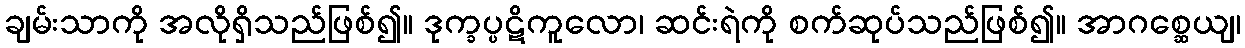
ချမ်းသာကို အလိုရှိသည်ဖြစ်၍။ ဒုက္ခပ္ပဋိကူလော၊ ဆင်းရဲကို စက်ဆုပ်သည်ဖြစ်၍။ အာဂစ္ဆေယျ၊